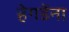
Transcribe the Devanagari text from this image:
हेगडेंना